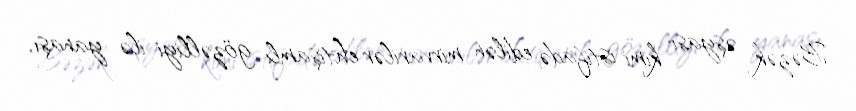
Bəzək əşyası kimi istifadə edilən mirvarilər ehtişamlı gözəlliyi ilə yanaşı,